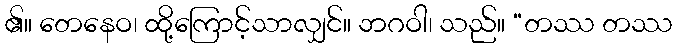
၏။ တေနေဝ၊ ထို့ကြောင့်သာလျှင်။ ဘဂဝါ၊ သည်။ “တဿ တဿ